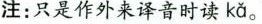
注：只是作外来译音时读 ka 。